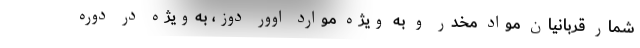
شمار قربانیان مواد مخدر و به ویژه موارد اوور دوز، به‌ویژه در دوره‌